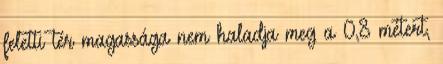
feletti tér magassága nem haladja meg a 0,8 métert,